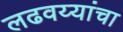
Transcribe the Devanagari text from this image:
लढवय्यांचा